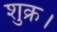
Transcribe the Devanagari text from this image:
शुक्र।